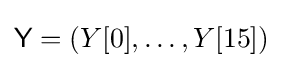
{\textsf {Y}}=(Y[0],\ldots ,Y[15])